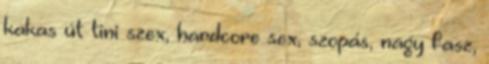
kakas út tini szex, hardcore sex, szopás, nagy fasz,